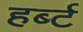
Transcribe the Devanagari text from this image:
हर्ब्ट